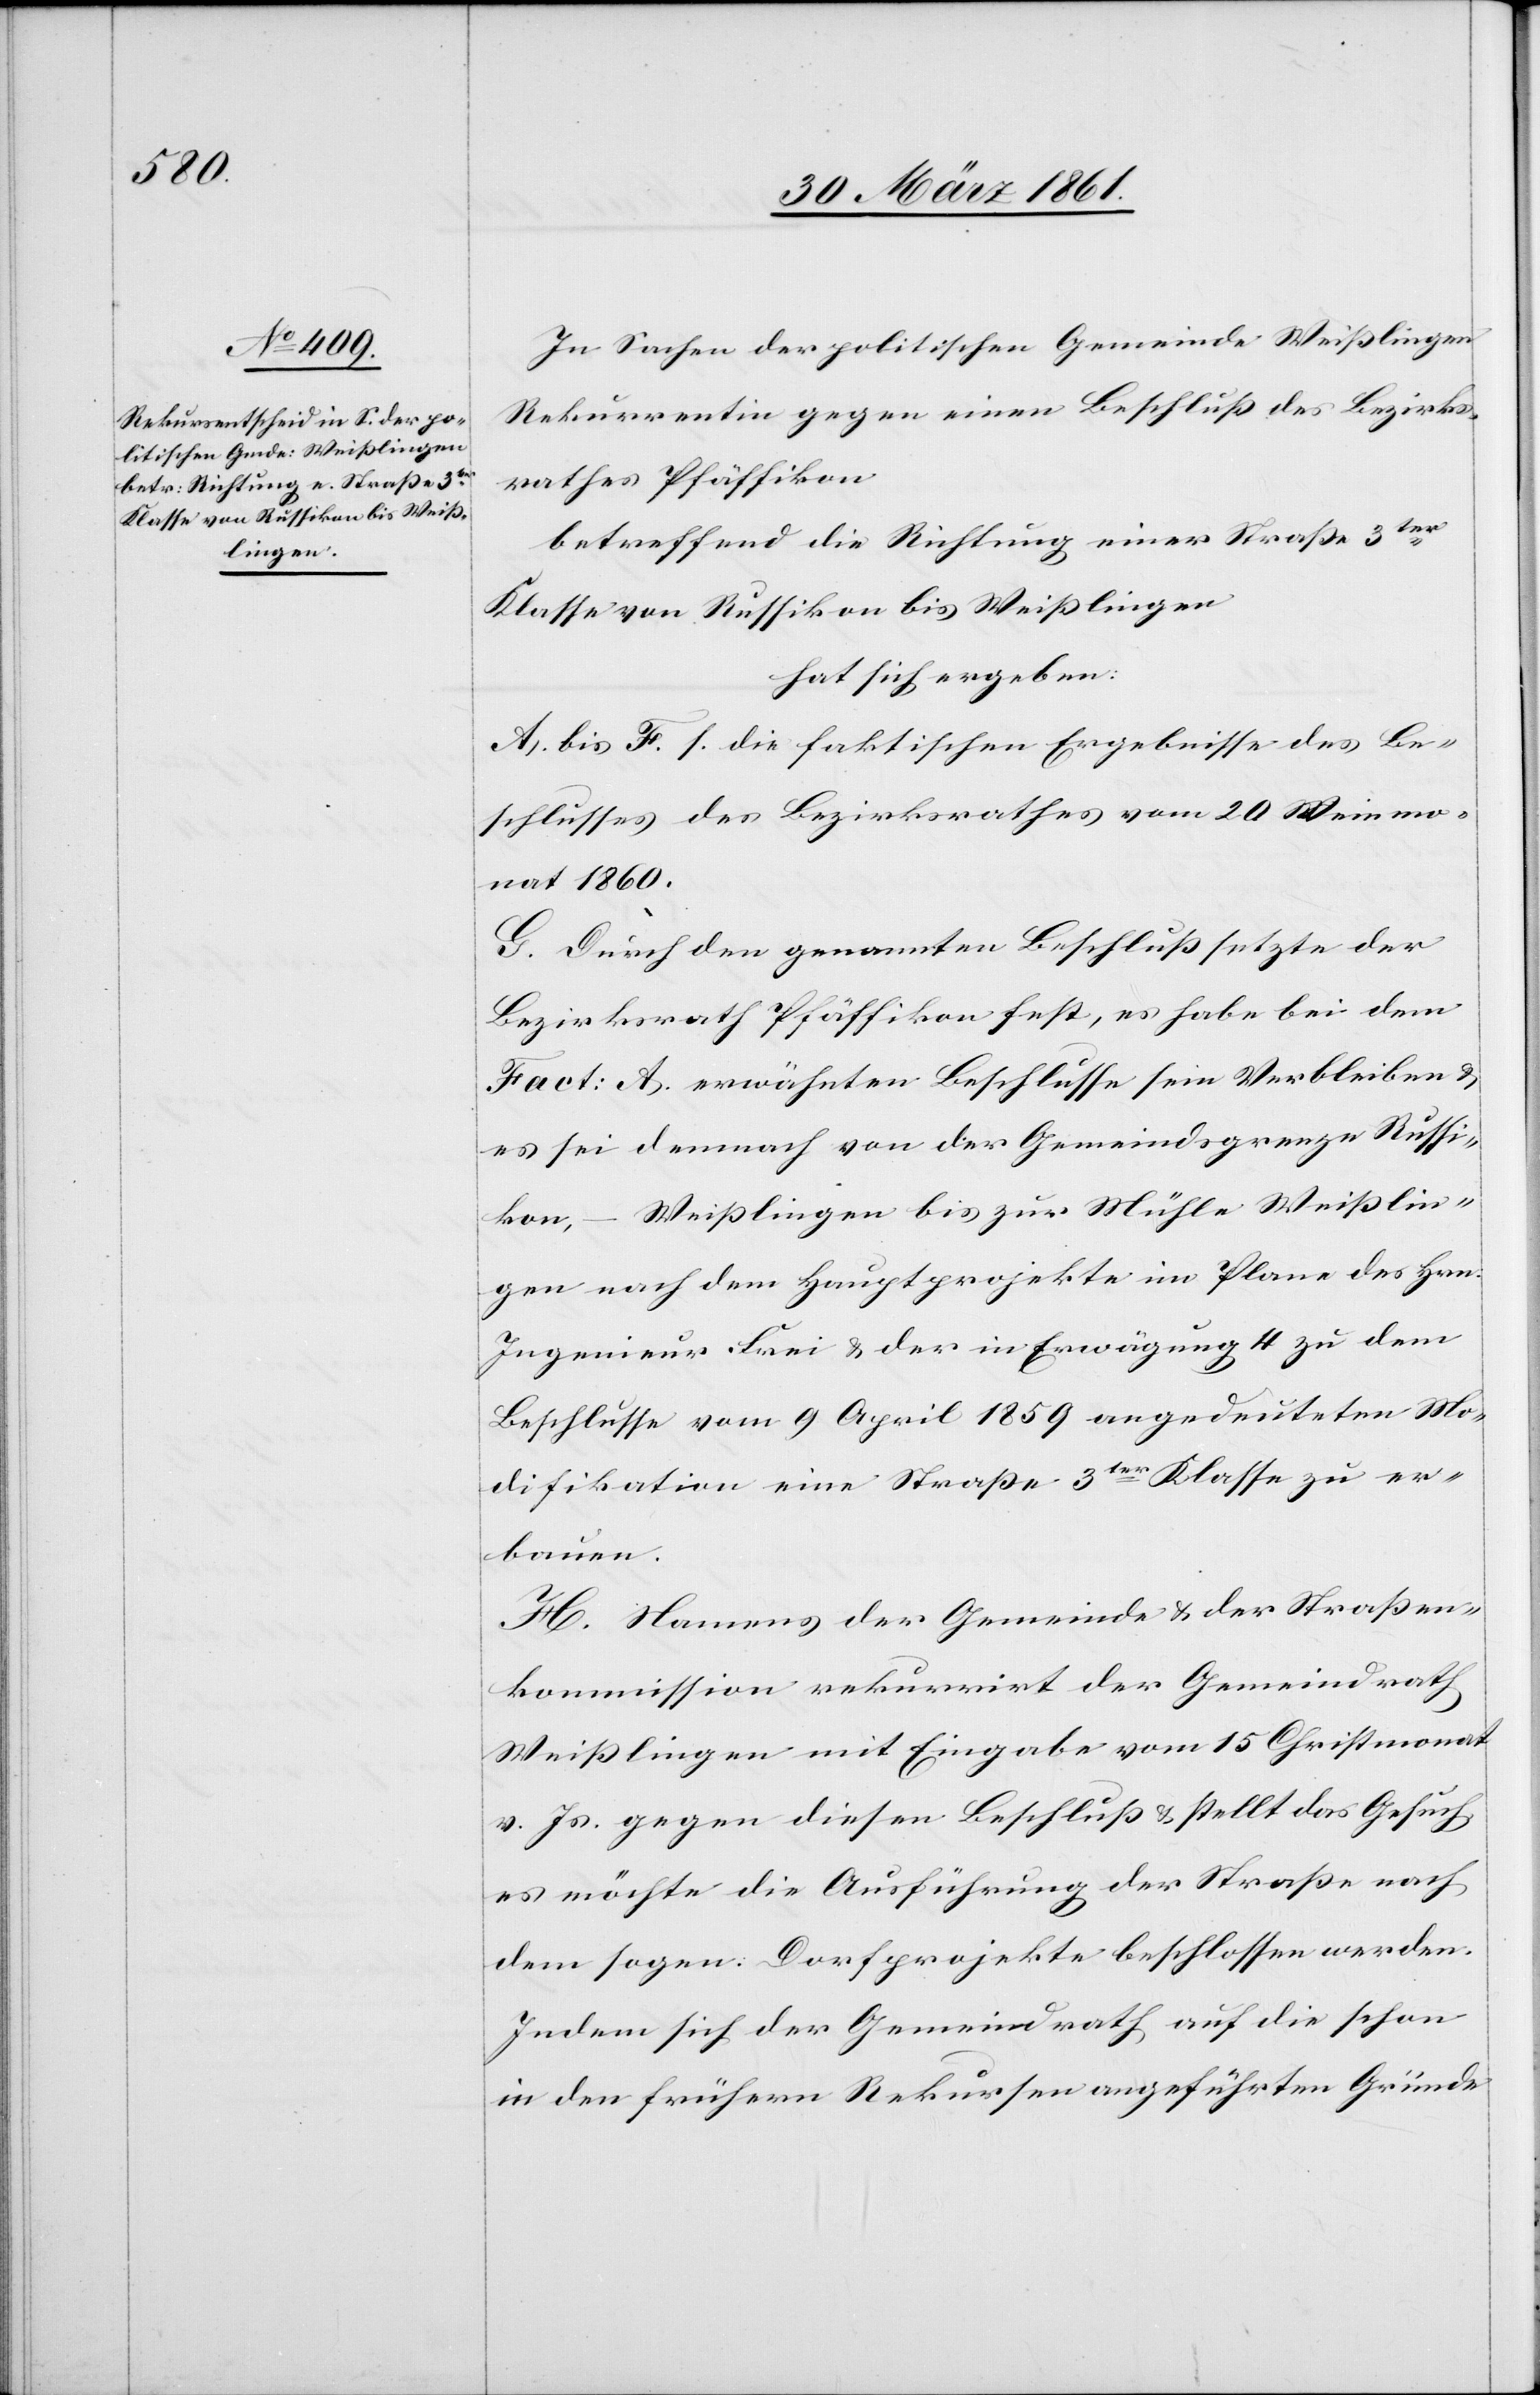
In Sachen der politischen Gemeinde Weißlingen
Rekurrentin gegen einen Beschluß des Bezirks¬
rathes Pfäffikon
betreffend die Richtung einer Straße 3ter
Klasse von Russikon bis Weißlingen
hat sich ergeben:
A. bis F. s. die faktischen Ergebnisse des Be¬
schlusses des Bezirksrathes vom 20. Weinmo¬
nat 1860.
G. Durch den genannten Beschluß setzte der
Bezirksrath Pfäffikon fest, es habe bei dem
Fact: A erwähnten Beschlusse sein Verbleiben u.
es sei demnach von der Gemeindsgrenze Russi¬
kon–Weißlingen bis zur Mühle Weißlin¬
gen nach dem Hauptprojekte im Plane des Hrn.
Ingenieur Frei u. der in Erwägung 4 zu dem
Beschlusse vom 9. April 1859 angedeuteten Mo¬
difikation eine Straße 3ter Klasse zu er¬
bauen.
H. Namens der Gemeinde u. der Straßen¬
kommission rekurrirt der Gemeindrath
Weißlingen mit Eingabe vom 15. Christmonat
v. Js. gegen diesen Beschluß u. stellt das Gesuch,
es möchte die Ausführung der Straße nach
dem sogen. Dorfprojekte beschlossen werden.
Indem sich der Gemeindrath auf die schon
in den frühern Rekursen angeführten Gründe